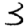
Digit: 3